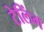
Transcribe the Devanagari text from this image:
टेलिंग